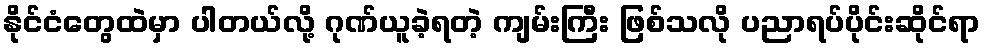
နိုင်ငံတွေထဲမှာ ပါတယ်လို့ ဂုဏ်ယူခဲ့ရတဲ့ ကျမ်းကြီး ဖြစ်သလို ပညာရပ်ပိုင်းဆိုင်ရာ